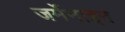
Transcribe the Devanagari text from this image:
जर्मेनाइन